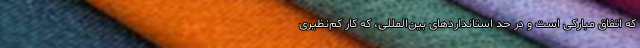
که اتفاق مبارکی است و در حد استانداردهای بین‌المللی، که کار کم‌نظیری